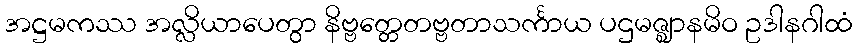
အဋ္ဌမကဿ အလ္လိယာပေတွာ နိဗ္ဗတ္တေတဗ္ဗတာသင်္ကာယ ပဌမဇ္ဈာနမိဝ ဥဒါနဂါထံ